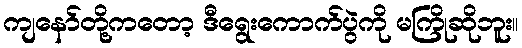
ကျနော်တို့ကတော့ ဒီရွေးကောက်ပွဲကို မကြိုဆိုဘူး။